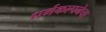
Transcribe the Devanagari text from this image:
धर्मकल्पनेचा